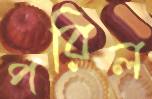
পরিল